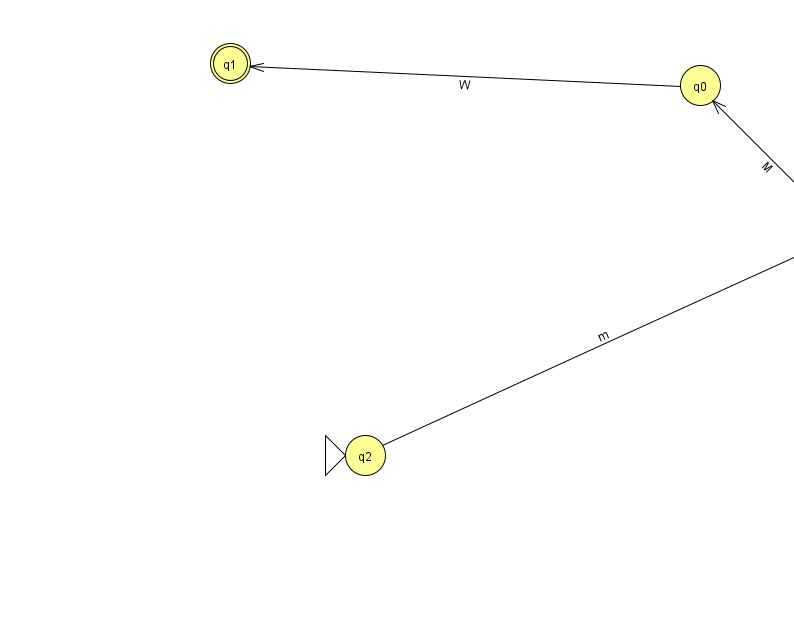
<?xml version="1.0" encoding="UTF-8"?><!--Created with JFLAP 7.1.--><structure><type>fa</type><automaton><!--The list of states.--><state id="0" name="q0"><x>700.0</x><y>72.0</y></state><state id="1" name="q1"><x>230.0</x><y>50.0</y><final/></state><state id="2" name="q2"><x>365.0</x><y>442.0</y><initial/></state><state id="3" name="q3"><x>850.0</x><y>222.0</y></state><!--The list of transitions.--><transition><from>0</from><to>1</to><read>W</read></transition><transition><from>2</from><to>3</to><read>m</read></transition><transition><from>3</from><to>0</to><read>M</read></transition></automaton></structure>